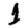
Digit: 1